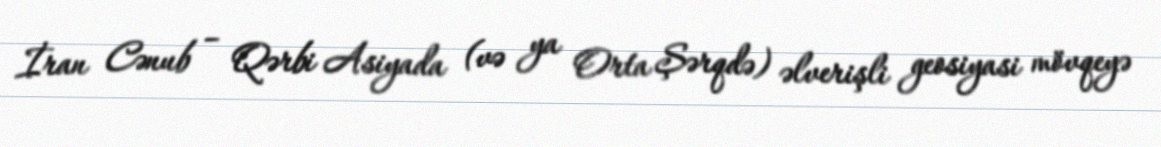
İran Cənub – Qərbi Asiyada (və ya Orta Şərqdə) əlverişli geosiyasi mövqeyə